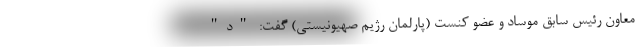
معاون رئیس سابق موساد و عضو کنست (پارلمان رژیم صهیونیستی) گفت: "د"